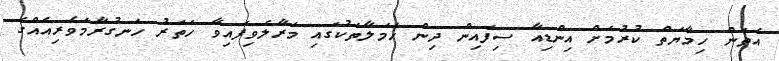
އެތަން ހިމާޔަތް ކުރުމަށް އިންޑިއާ ސިފައިން ދިން ހަމަލާތަކުގައި މަރާލެވިފައިވާ ހަތަރު ހަނގުރާމަވެރިއެއްގެ